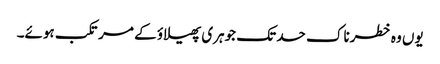
یوں وہ خطرناک حد تک جوہری پھیلاؤ کے مرتکب ہوئے۔